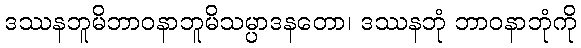
ဒဿနဘူမိဘာဝနာဘူမိသမ္ပာဒနတော၊ ဒဿနဘုံ ဘာဝနာဘုံကို